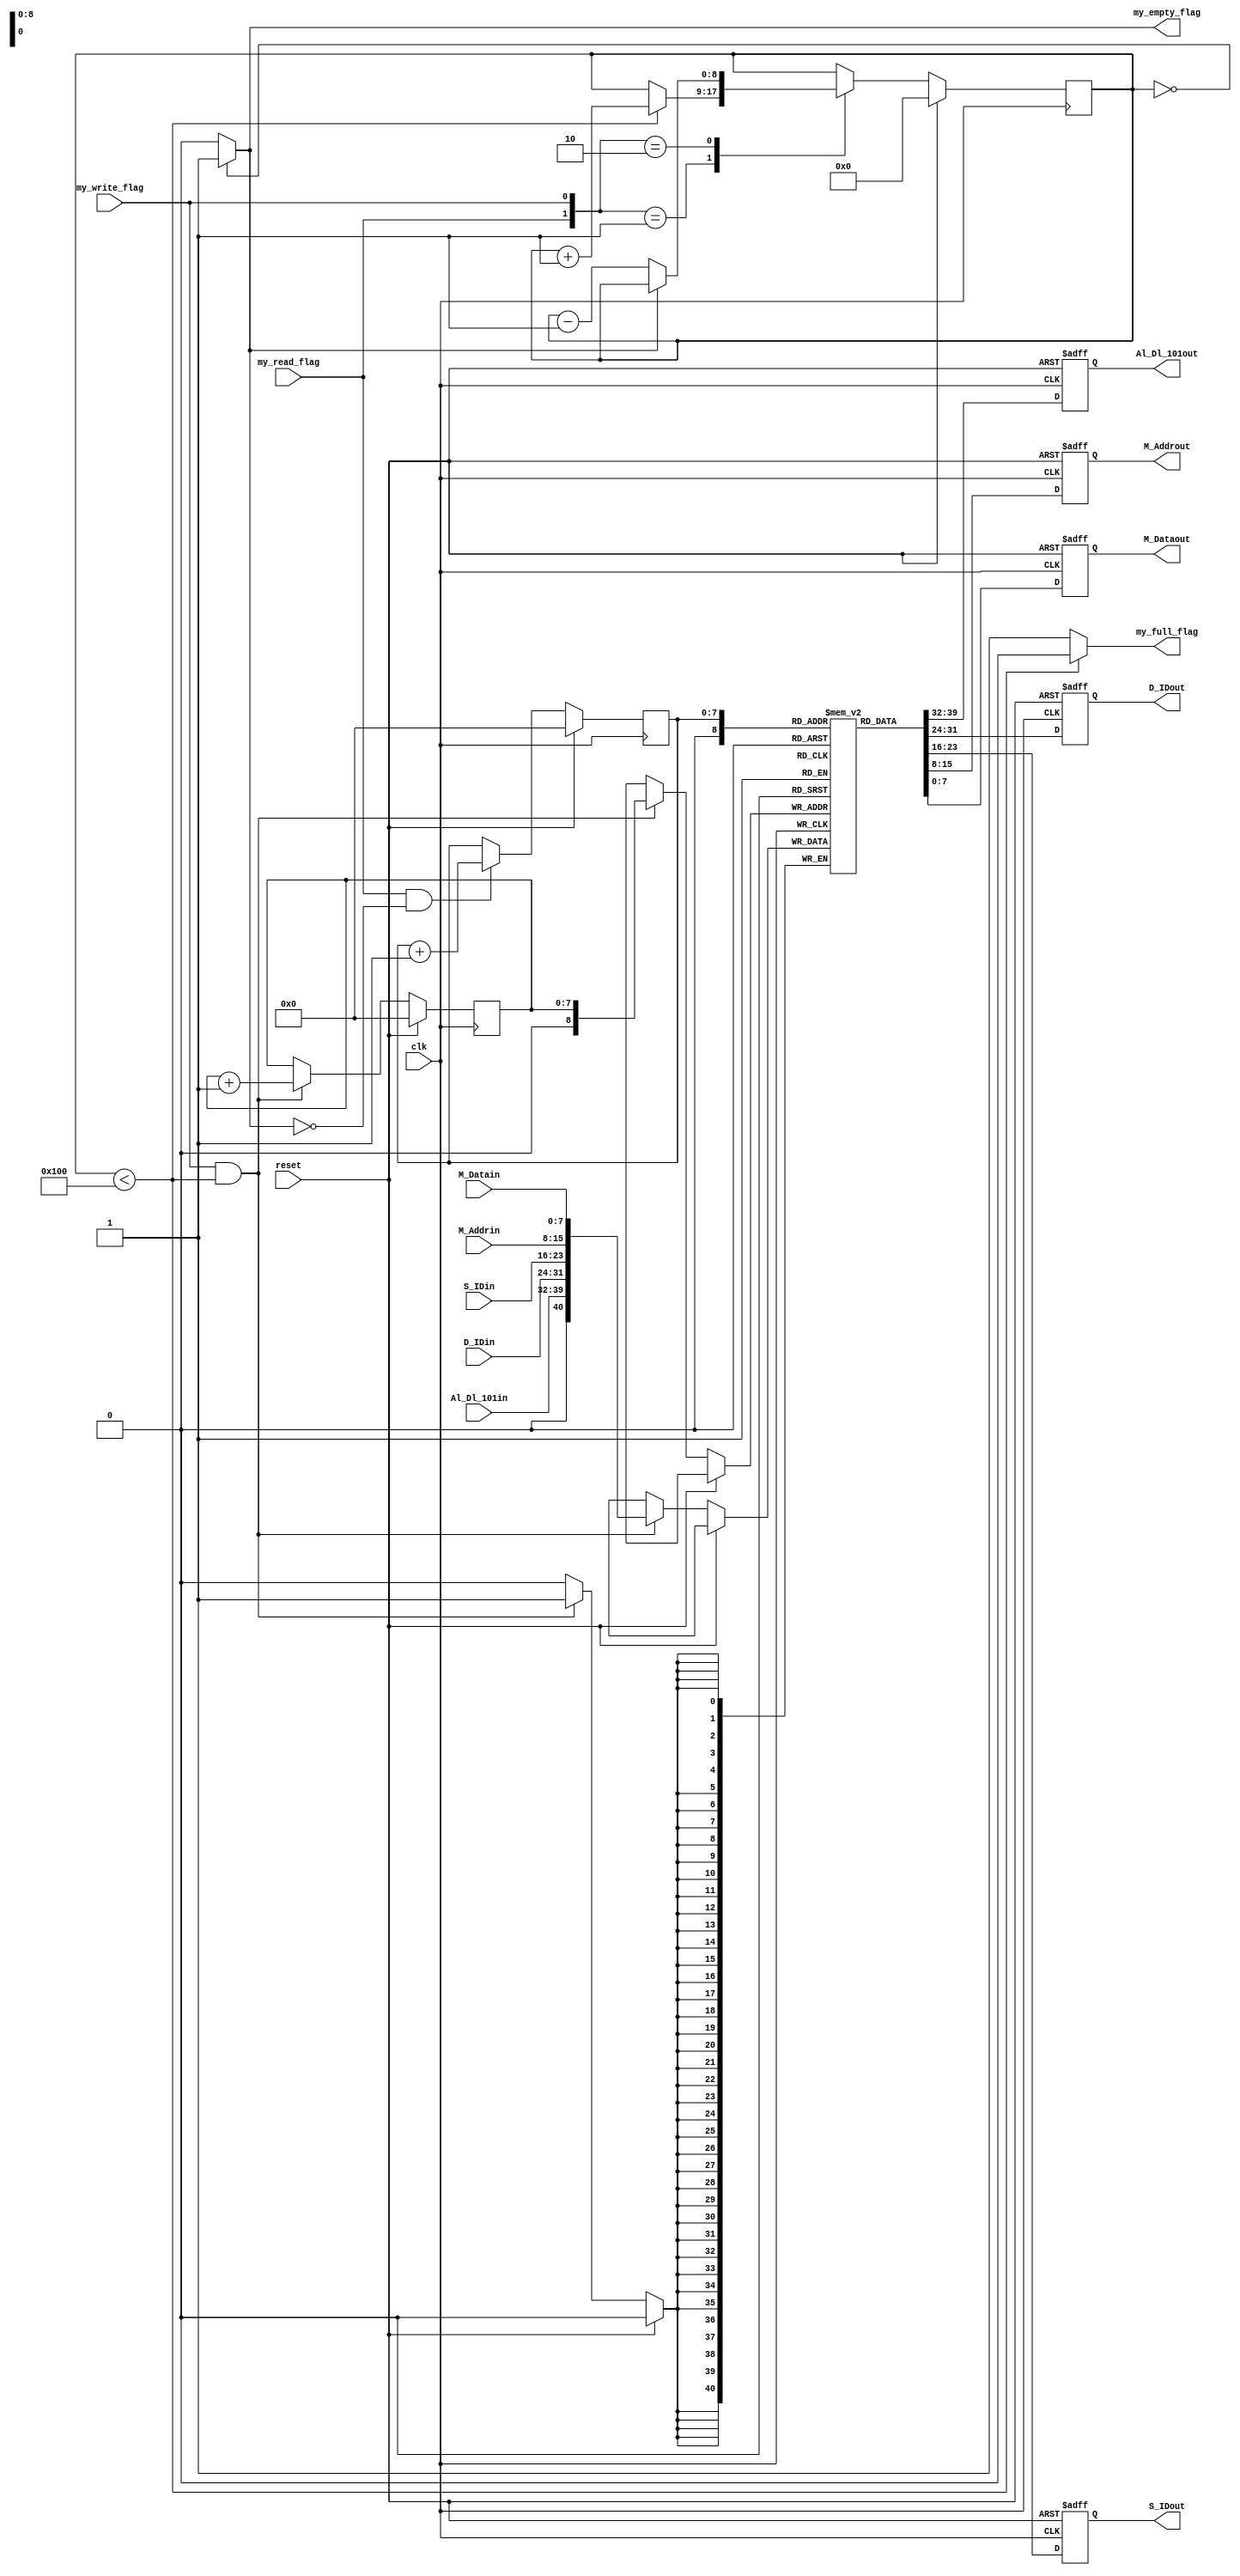
module fifo_messege (clk, reset, Al_Dl_101in, D_IDin, S_IDin, M_Addrin, M_Datain, my_write_flag, my_read_flag, 
	Al_Dl_101out, D_IDout, S_IDout, M_Addrout, M_Dataout, my_empty_flag, my_full_flag);
input		clk;
input		reset;
input [7:0]	Al_Dl_101in;
input [7:0]	D_IDin;
input [7:0]	S_IDin;
input [7:0]	M_Addrin;
input [7:0]	M_Datain;
input		my_read_flag;
input		my_write_flag;
output [7:0]	Al_Dl_101out;
output [7:0]	D_IDout;
output [7:0]	S_IDout;
output [7:0]	M_Addrout;
output [7:0]	M_Dataout;
output		my_empty_flag;
output		my_full_flag;

reg [7:0]	Al_Dl_101out;
reg [7:0]	D_IDout;
reg [7:0]	S_IDout;
reg [7:0]	M_Addrout;
reg [7:0]	M_Dataout;
reg 		my_empty_flag;
reg		my_full_flag;

reg [(8-1):0]	Last_inp;
reg [(8-1):0]	First_inp;

reg [8:0]	the_counter;

reg [40:0] the_FIFO[0:(1<<8)];

integer i;
always @(posedge clk or posedge reset) begin
	if (reset == 1) begin
		Al_Dl_101out <= 8'b0;
      		D_IDout <= 8'b0;
      		S_IDout <= 8'b0;
      		M_Addrout <= 8'b0;
		M_Dataout <= 8'b0;
   	end
   	else begin
      		{Al_Dl_101out,D_IDout,S_IDout,M_Addrout,M_Dataout} <= the_FIFO[Last_inp];
  	end
end 
     
always @(posedge clk)
	if (reset == 1'b0) begin
		if (my_write_flag == 1'b1 && my_full_flag == 1'b0) the_FIFO[First_inp] <= {Al_Dl_101in,D_IDin,S_IDin,M_Addrin,M_Datain};
	end


	always @(posedge clk) begin
		if (reset == 1'b1) begin
			First_inp <= 0;
		end else begin
			if (my_write_flag == 1'b1 && my_full_flag == 1'b0) begin
				First_inp <= First_inp + 1;
			end
		end
	end

	always @(posedge clk) begin
		if (reset == 1'b1) begin
			Last_inp <= 0;
		end else begin
			if (my_read_flag == 1'b1 && my_empty_flag == 1'b0) begin             
				Last_inp <= Last_inp + 1;
			end
		end
	end


	always @(posedge clk) begin
		if (reset == 1'b1) begin
			the_counter <= 0;
		end else begin
			case ({my_read_flag, my_write_flag})
				2'b00: the_counter <= the_counter;
				2'b01: 
					if (!my_full_flag) the_counter <= the_counter + 1;
				2'b10: 
					if (!my_empty_flag) the_counter <= the_counter - 1;
				2'b11: the_counter <= the_counter;
			endcase
		end
	end

	always @(the_counter) begin
		if (the_counter == 0) my_empty_flag = 1'b1;
		else my_empty_flag = 1'b0;
	end

	always @(the_counter) begin
		if (the_counter < (1<<8)) my_full_flag = 1'b0;
		else my_full_flag = 1'b1;
	end

endmodule